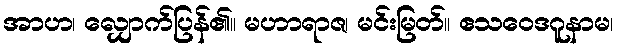
အာဟ၊ လျှောက်ပြန်၏။ မဟာရာဇ၊ မင်းမြတ်။ ဧသဝေဒဂူနာမ၊